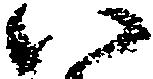
い